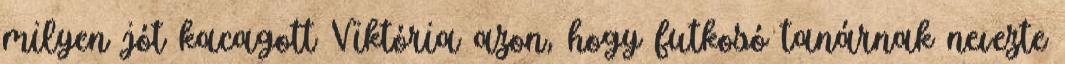
milyen jót kacagott Viktória azon, hogy futkosó tanárnak nevezte